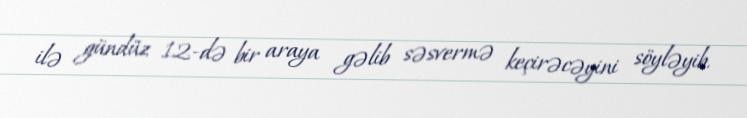
ilə gündüz 12-də bir araya gəlib səsvermə keçirəcəyini söyləyib.